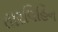
તારવિહિન